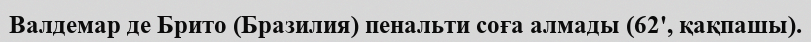
Валдемар де Брито (Бразилия) пенальти соға алмады (62', қақпашы).